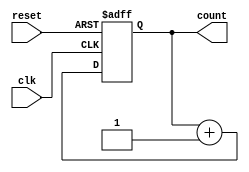
module counter (
    input clk,
    input reset,
    output reg [7:0] count
);

always @(posedge clk, posedge reset) begin
    if (reset) begin
        count <= 8'd0;  // Reset the counter to 0 when reset is high
    end else begin
        count <= count + 1;  // Increment the counter on each clock cycle
    end
end

endmodule